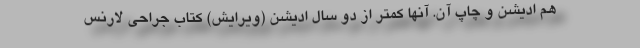
هم ادیشن و چاپ آن. آنها کمتر از دو سال ادیشن (ویرایش) کتاب جراحی لارنس